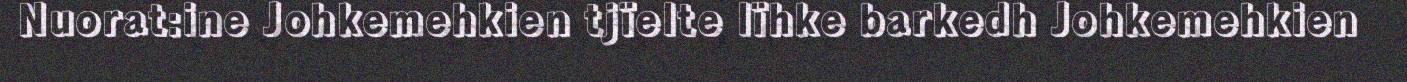
Nuorat:ine Johkemehkien tjïelte lïhke barkedh Johkemehkien